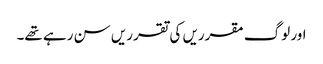
اور لوگ مقرریں کی تقرریں سن رہے تھے۔